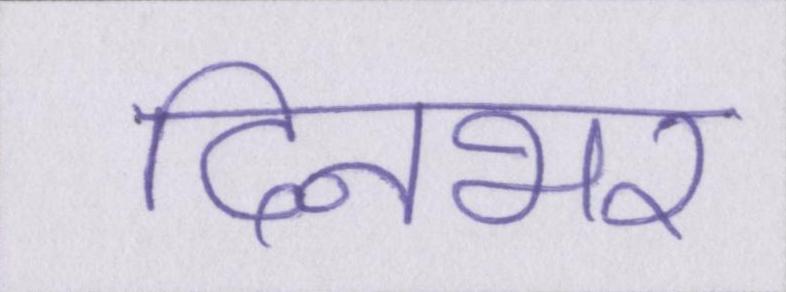
दिनभर